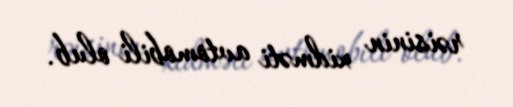
rəisinin xidməti avtomobili olub.